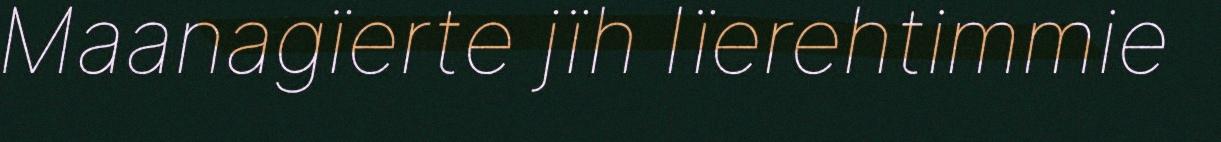
Maanagïerte jïh lïerehtimmie